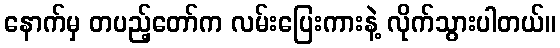
နောက်မှ တပည့်တော်က လမ်းပြေးကားနဲ့ လိုက်သွားပါတယ်။